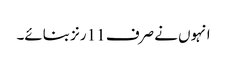
انہوں نے صرف 11 رنز بنائے۔